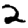
Digit: 2